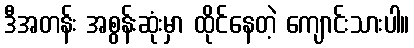
ဒီအတန်း အစွန်းဆုံးမှာ ထိုင်နေတဲ့ ကျောင်းသားပါ။